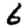
Digit: 6